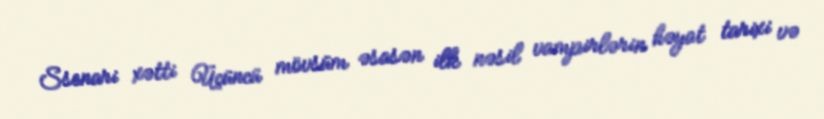
Ssenari xətti Üçüncü mövsüm əsasən ilk nəsil vampirlərin həyat tarixi və